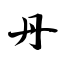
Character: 丹